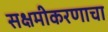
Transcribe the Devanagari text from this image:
सक्षमीकरणाचा